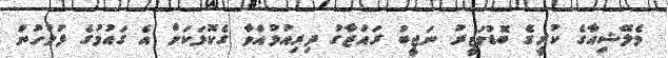
މެލޭޝިއާގެ ކުރީގެ ބޮޑުވަޒީރު ނަޖީބު ރައްޒާގު ދިރިއުޅުއްވާ ގެކޮޅަކަށް އެ ގައުމުގެ ފުލުހުން